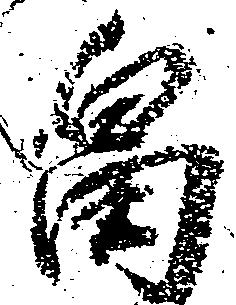
畠